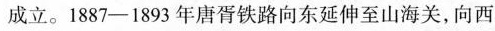
1887-1893年唐胥铁路向东延伸至山海关，向西